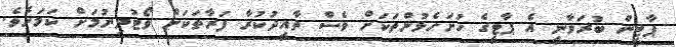
ޕާޓީން ބުރަވާނީ އެ ޕާޓީގެ ހުށަހެޅުންތަކަށް ވެސް ތާއީދުކުރާ ފަރާތަކަށް ވޯޓުދިނުމަށް ކަމަށެވެ.